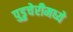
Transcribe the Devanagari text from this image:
पुडुचेरीमध्ये